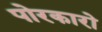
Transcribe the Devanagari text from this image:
पोरकारो